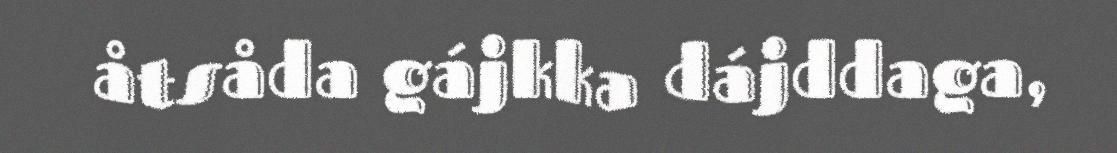
åtsåda gájkka dájddaga,